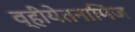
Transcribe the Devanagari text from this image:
व्हीयेतनामिज